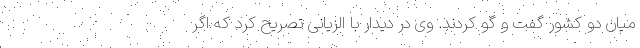
میان دو کشور گفت و گو کردند. وی در دیدار با الزیانی تصریح کرد که اگر